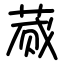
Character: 蒇